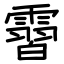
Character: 霫